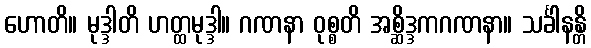
ဟောတိ။ မုဒ္ဒါတိ ဟတ္ထမုဒ္ဒါ။ ဂဏနာ ဝုစ္စတိ အစ္ဆိဒ္ဒကဂဏနာ။ သင်္ခါနန္တိ